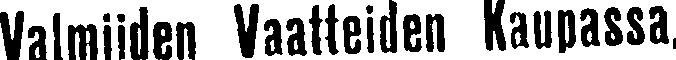
Valmiiden Vaatteiden Kaupassa